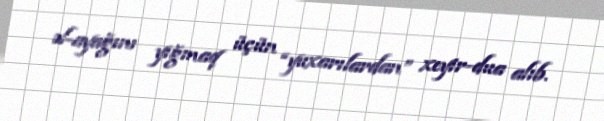
əl-ayağını yığmaq üçün “yuxarılardan” xeyir-dua alıb.